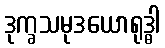
ဒုက္ခသမုဒယောရုဒ္ဓါ